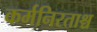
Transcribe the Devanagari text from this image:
कर्मनिरताश्च